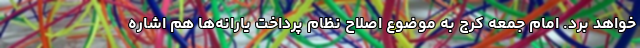
خواهد برد. امام جمعه کرج به موضوع اصلاح نظام پرداخت یارانه‌ها هم اشاره